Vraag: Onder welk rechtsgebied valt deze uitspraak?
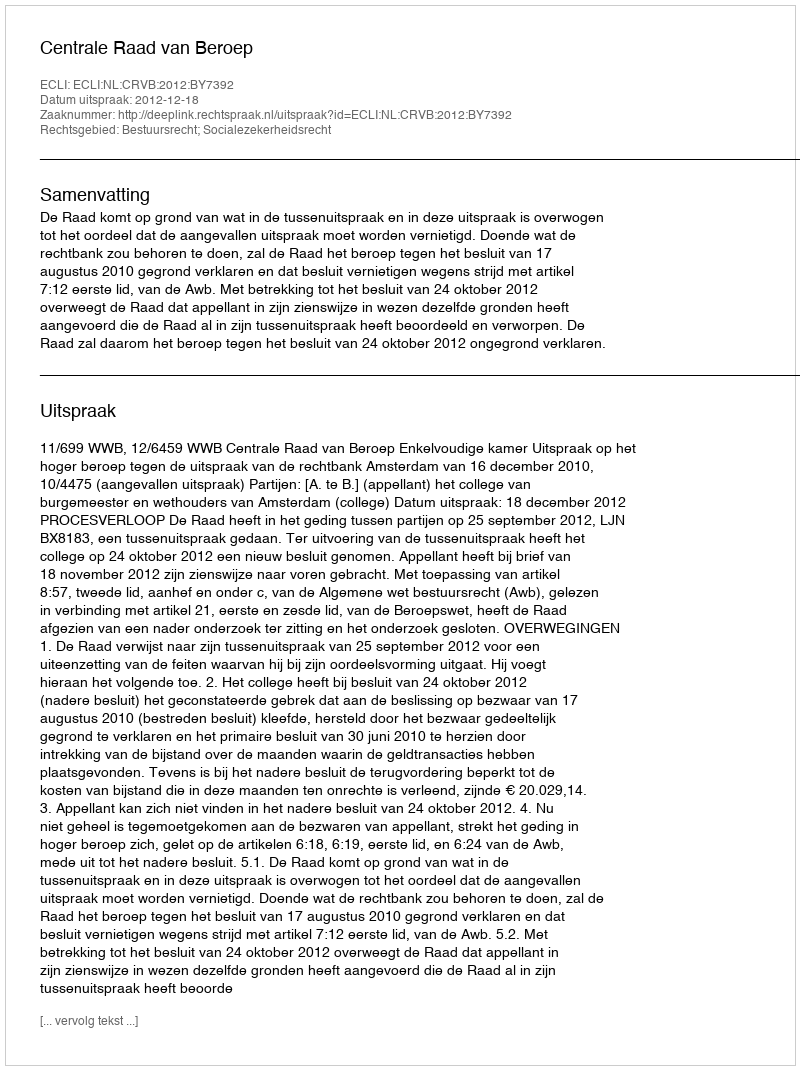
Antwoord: Bestuursrecht; Socialezekerheidsrecht